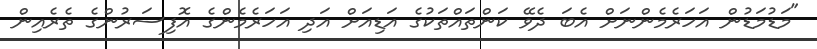
"މަޑުމަޑުން އަހަރެމެންނަށް އެބަ ދެވޭ ކަންތައްތަކުގެ އަޑިއަށް އަދި އަހަރެމެންގެ އޮފިސަރުންގެ ތެރެއިން